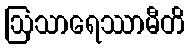
ဩသာရေဿာမီတိ